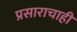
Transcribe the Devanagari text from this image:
प्रसाराचाही